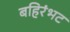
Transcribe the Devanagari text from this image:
बहिरंभट